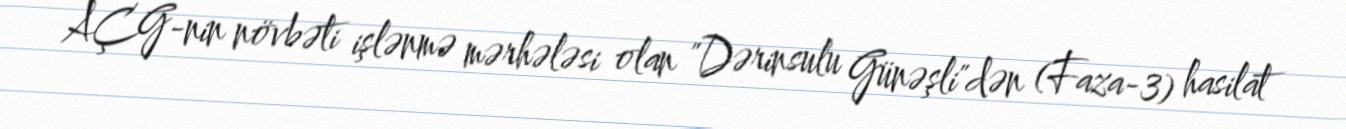
AÇG-nin növbəti işlənmə mərhələsi olan "Dərinsulu Günəşli"dən (Faza-3) hasilat